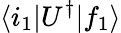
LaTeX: \langle i_{1}|U^{\dagger}|f_{1}\rangle